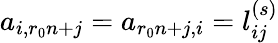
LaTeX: a_{i,r_{0}n+j}=a_{r_{0}n+j,i}=l_{ij}^{(s)}